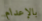
بالإعدام